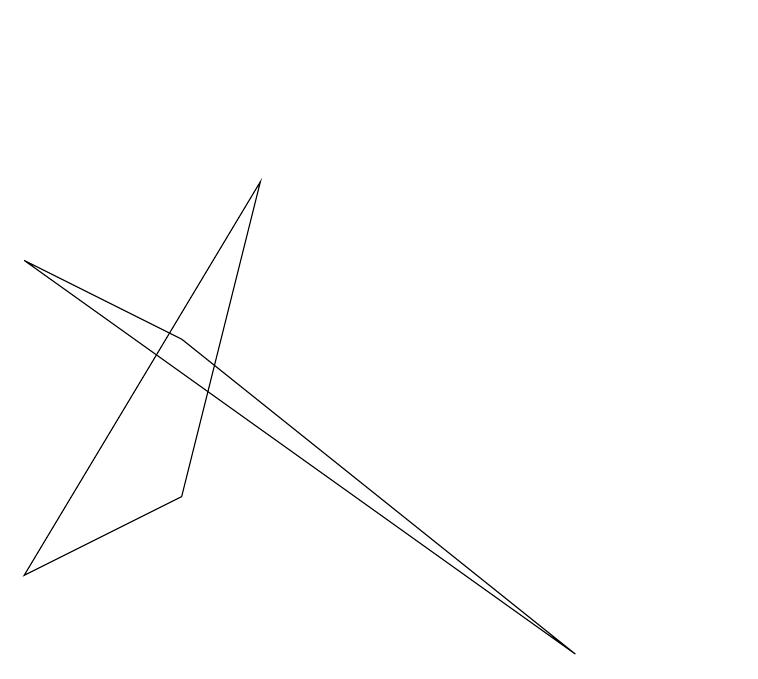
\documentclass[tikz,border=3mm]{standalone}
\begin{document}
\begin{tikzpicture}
\draw (9,3) -- (4,7) -- (2,8) -- cycle;
\draw (11,11) circle (0);
\draw (5,9) -- (4,5) -- (2,4) -- cycle;
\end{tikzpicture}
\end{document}